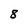
Character: 8